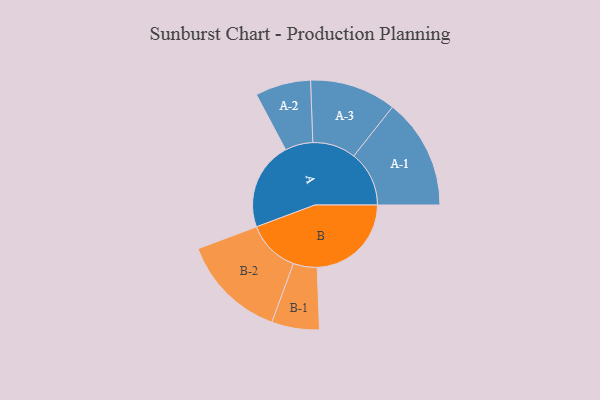
{"axis": {"x": "Segment", "y": "Value"}, "legend": ["", "A", "B"], "data": [{"x": "A", "y": 423, "type": ""}, {"x": "B", "y": 451, "type": ""}, {"x": "A-1", "y": 265, "type": "A"}, {"x": "A-2", "y": 133, "type": "A"}, {"x": "A-3", "y": 207, "type": "A"}, {"x": "B-1", "y": 114, "type": "B"}, {"x": "B-2", "y": 253, "type": "B"}]}